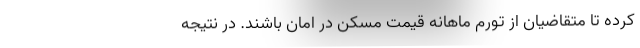
کرده تا متقاضیان از تورم ماهانه قیمت مسکن در امان باشند. در نتیجه